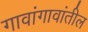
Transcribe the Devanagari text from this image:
गावांगावांतील